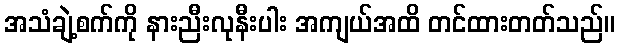
အသံချဲ့စက်ကို နားညီးလုနီးပါး အကျယ်အထိ တင်ထားတတ်သည်။